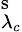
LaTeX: ^\mathrm{{s}}_{\lambda_{c}}